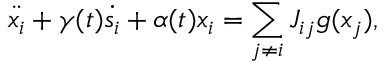
\ddot { x _ { i } } + \gamma ( t ) \dot { s _ { i } } + \alpha ( t ) x _ { i } = \sum _ { j \ne i } J _ { i j } g ( x _ { j } ) ,